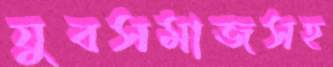
যুবসমাজসহ